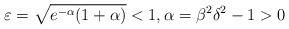
LaTeX: \begin{align*}\varepsilon=\sqrt{e^{-\alpha}(1+\alpha)}<1,\alpha=\beta^2\delta^2-1>0\end{align*}